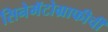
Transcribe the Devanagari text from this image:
सिनेमॅटोग्राफीची